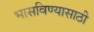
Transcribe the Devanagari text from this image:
भासविण्यासाठी